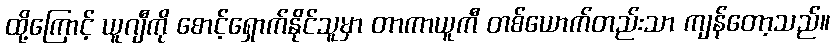
ထို့ကြောင့် ယူဂျီကို စောင့်ရှောက်နိုင်သူမှာ တာကာယူကီ တစ်ယောက်တည်းသာ ကျန်တော့သည်။